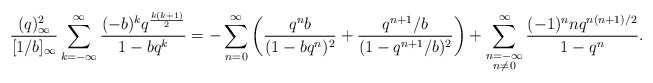
\begin{align*}&\frac{(q)^2_\infty}{[1/b]_\infty}\sum_{k=-\infty}^\infty\frac{(-b)^kq^{\frac{k(k+1)}{2}}}{1-bq^k}=- \sum_{n=0}^\infty\left(\frac{q^nb}{(1-bq^n)^2}+\frac{q^{n+1}/b}{(1-q^{n+1}/b)^2}\right)+ \sum_{\substack{n=-\infty \\ n \neq 0}}^{\infty} \frac{(-1)^nnq^{n(n+1)/2}}{1-q^n}.\end{align*}